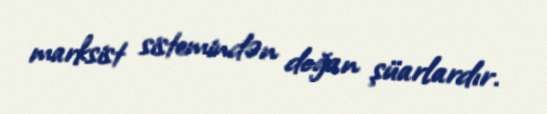
marksist sistemindən doğan şüarlardır.